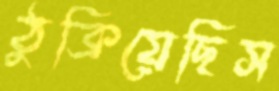
ঠুক্‌রিয়েছিস